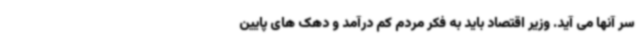
سر آنها می آید. وزیر اقتصاد باید به فکر مردم کم درآمد و دهک های پایین